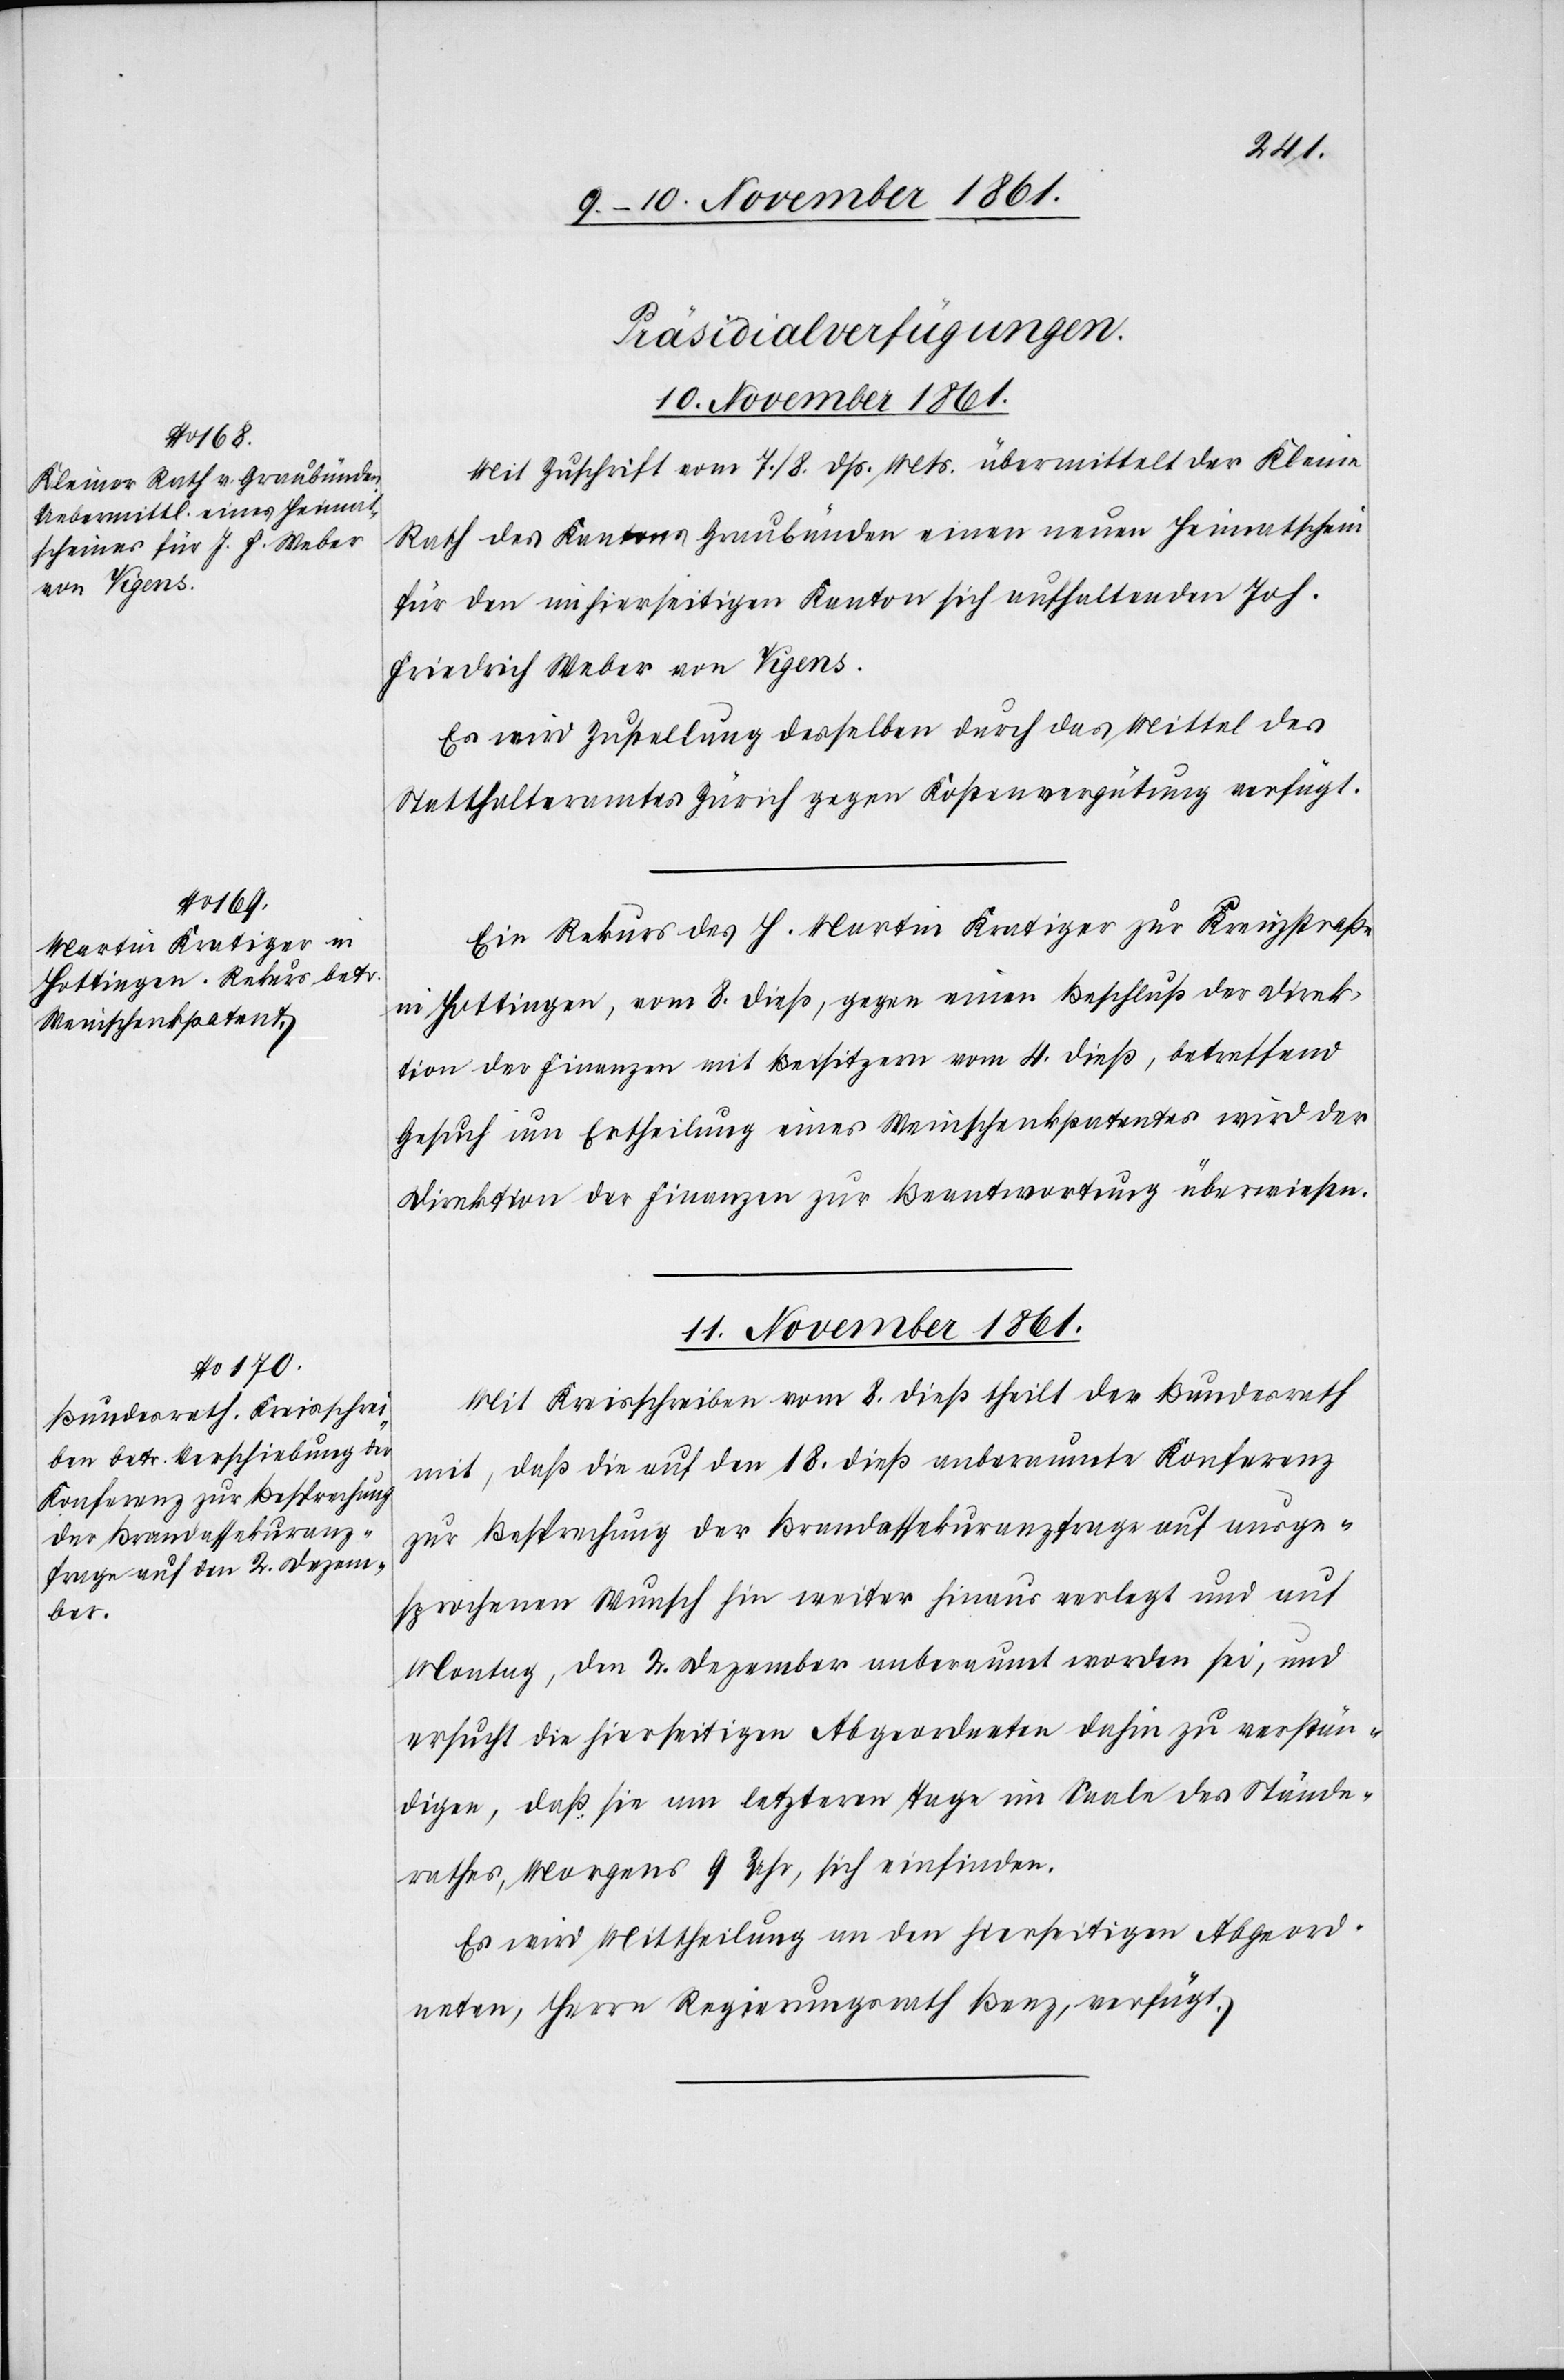
[Präsidial-Verfügungen.]
Mit Zuschrift vom 7 / 8 dß. Mts. übermittelt der Kleine
Rath des Kantons Graubünden einen neuen Heimatschein
für den im hierseitigen Kanton sich aufhaltenden Joh.
Friedrich Weber von Vigens.
Es wird Zustellung desselben durch das Mittel des
Statthalteramtes Zürich gegen Kostenvergütung verfügt.
Ein Rekurs des H. Martin Kratiger zur Kreuzstraße
in Hottingen, vom 8 dieß, gegen einen Beschluß der Direk¬
tion der Finanzen mit Beisitzern vom 4 dieß, betreffend
Gesuch um Ertheilung eines Weinschenkpatentes wird der
Direktion der Finanzen zur Beantwortung überwiesen.
11 November 1861.
Mit Kreisschreiben vom 8 dieß theilt der Bundesrath
mit, daß die auf den 18 dieß anberaumte Konferenz
zur Besprechung der Brandassekuranzfrage auf ausge¬
sprochenen Wunsch hin weiter hinaus verlegt und auf
Montag, den 2 Dezember anberaumt worden sei, und
ersucht die hierseitigen Abgeordneten dahin zu verstän¬
digen, daß sie am letzteren Tage im Saale des Stände¬
rathes, Morgens 9 Uhr, sich einfinden.
Es wird Mittheilung an den hierseitigen Abgeord¬
neten, Herrn Regierungsrath Benz, verfügt.